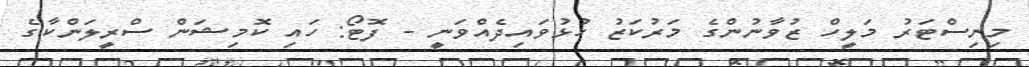
މިިނިސްޓަރު މަލީހް ޒުވާނުންގެ މަރުކަޒު ހުޅުވައިދެއްވަނީ - ފޮޓޯ: ހައި ކޮމިޝަން ސްރީލަންކާގެ